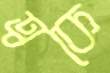
ত্বকে